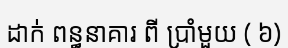
ដាក់ ពន្ធនាគារ ពី ប្រាំមួយ ( ៦)